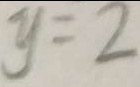
y = 2